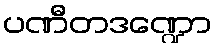
ပဏီတဒဏ္ဍော